Source: Handwritten
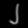
Digit: ၂ (2)